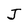
Character: J